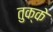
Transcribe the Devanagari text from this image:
तुक्के